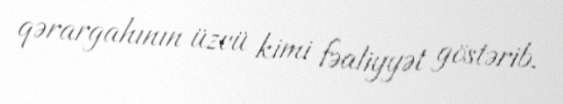
qərargahının üzvü kimi fəaliyyət göstərib.